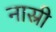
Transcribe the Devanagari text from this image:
नास्री